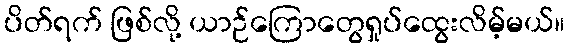
ပိတ်ရက် ဖြစ်လို့ ယာဉ်ကြောတွေရှုပ်ထွေးလိမ့်မယ်။